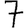
Digit: 7